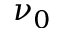
\nu _ { 0 }